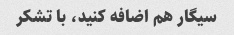
سیگار هم اضافه کنید، با تشکر